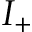
I _ { + }